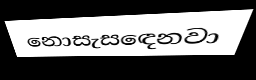
නොසැසඳෙනවා